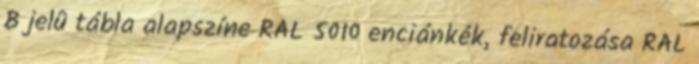
B jelû tábla alapszíne RAL 5010 enciánkék, feliratozása RAL